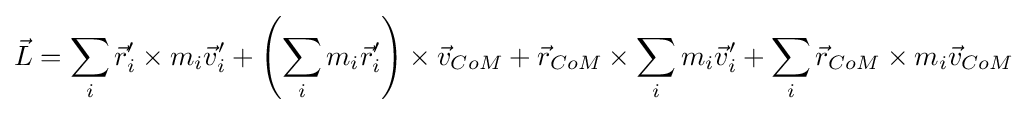
{\vec {L}}=\sum \limits _{i}{\vec {r}}'_{i}\times m_{i}{\vec {v}}'_{i}+\left(\sum \limits _{i}m_{i}{\vec {r}}'_{i}\right)\times {\vec {v}}_{CoM}+{\vec {r}}_{CoM}\times \sum \limits _{i}m_{i}{\vec {v}}'_{i}+\sum \limits _{i}{\vec {r}}_{CoM}\times m_{i}{\vec {v}}_{CoM}